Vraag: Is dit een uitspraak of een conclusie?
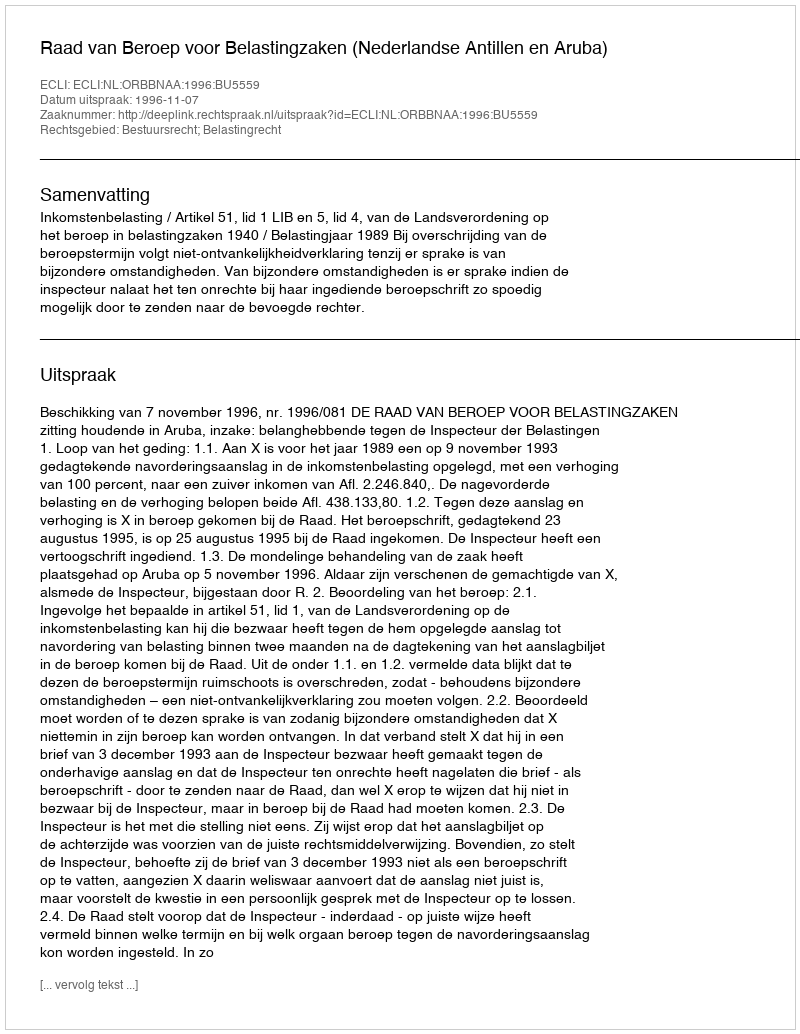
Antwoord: Uitspraak